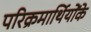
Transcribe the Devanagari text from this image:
परिक्रमार्थियोंके